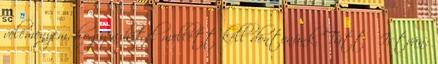
véleményem, hogy a hitel mellett kell döntenünk. Tüttő István: